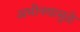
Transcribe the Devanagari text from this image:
अभीनयामुळे